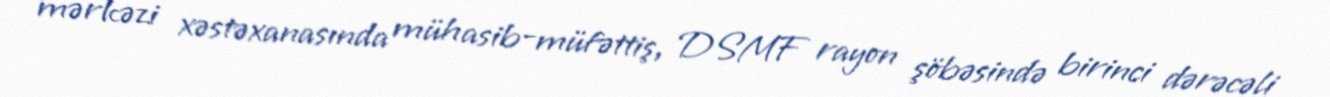
mərkəzi xəstəxanasında mühasib-müfəttiş, DSMF rayon şöbəsində birinci dərəcəli